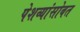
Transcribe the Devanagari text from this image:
पेशव्यांसोबत